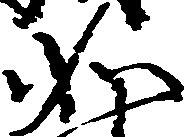
如